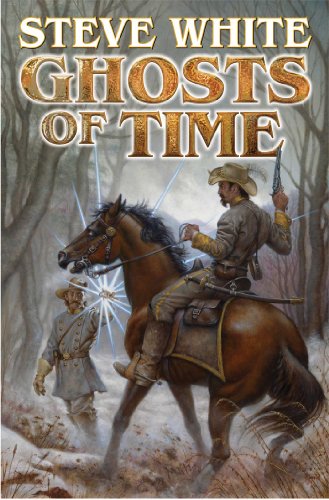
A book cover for Ghosts of Time (N/A); Steve White; Science Fiction & Fantasy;